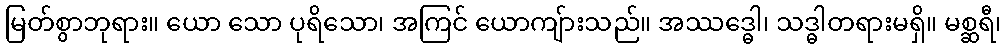
မြတ်စွာဘုရား။ ယော သော ပုရိသော၊ အကြင် ယောကျ်ားသည်။ အဿဒ္ဓေါ၊ သဒ္ဓါတရားမရှိ။ မစ္ဆရီ၊